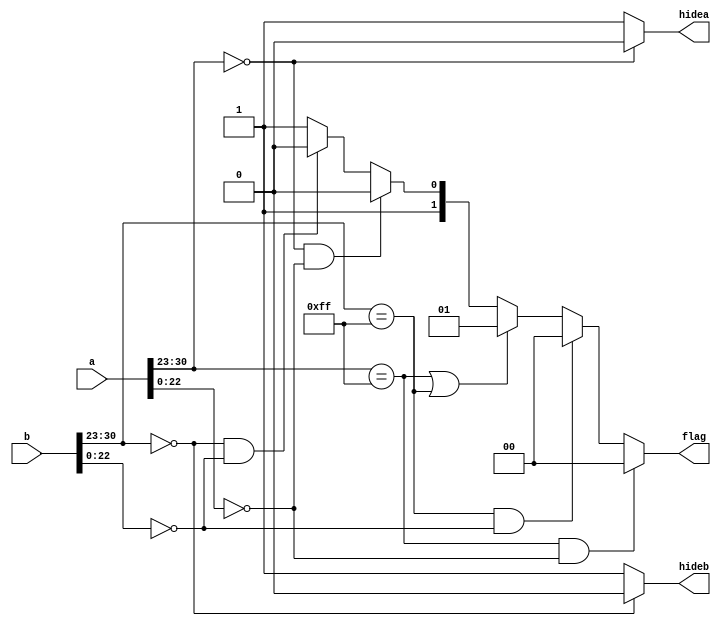
//---------------------------------------------------
//COPYRIGHT (C) 2021, lizhun, Fudan University
//lizhun    email:21212020102@m.fudan.edu.cn
//Fudan University        www.fudan.edu.cn              
//-----------------------------------------
//Descripttion: this is 
//version: 1.0
//LastEditors: lizhun
//LastEditTime: 2021-12-04 16:37:12
//---------------------------------------------------
module judge(a,b,flag,hidea,hideb);
	input [31:0] a;
	input [31:0] b;
	output reg [1:0] flag;//00:infinity  01:NaN  10:0  11:normal compute
	output reg hidea;
	output reg hideb;
	 
	wire sa,sb,sout;
	wire [7:0] ea,eb;
	wire [22:0] ma,mb;

	assign ea = a[30:23];
	assign eb = b[30:23];
	assign ma = a[22:0];
	assign mb = b[22:0];

	always @(*)	begin 
		if ((ea==8'b11111111)&(ma==23'b00000000000000000000000)) begin
			flag = 2'b00;
			end
		else if((eb==8'b11111111)&(mb==23'b00000000000000000000000)) begin
			flag = 2'b00;
			end
		else if((ea==8'b11111111)|(eb==8'b11111111)) begin
			flag = 2'b01;
			end
		else if((ea==8'b00000000)&(ma==23'b00000000000000000000000)) begin
			flag = 2'b10;
			end
		else if((eb==8'b00000000)&(mb==23'b00000000000000000000000)) begin
		  flag = 2'b10;
		  end
		else flag = 2'b11;
		end

  always @(*) begin
    if (ea==8'b00000000) begin
      hidea = 0;
      end
    else
      hidea = 1;
    end
    
  always @(*) begin
    if (eb==8'b00000000) begin
      hideb = 0;
      end
    else
      hideb = 1;
    end 
			
endmodule